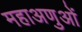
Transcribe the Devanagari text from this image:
महाअणुओं